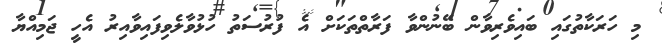
މި ހަރަކާތުގައި ބައިވެރިވާން ބޭނުންވާ ފަރާތްތަކަށް އެ ފުރުސަތު ހުޅުވާލެވިފައިވާއިރު އެހީ ޖަމިއްޔާ